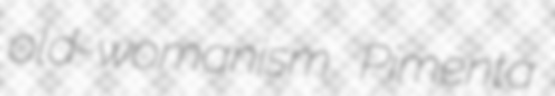
old-womanism Pimenta